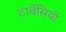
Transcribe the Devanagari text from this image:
टार्वेसियो